Indian journal of veterinary science and animal husbandry - Volumes 28-29, 1958-1959
Year: 1958
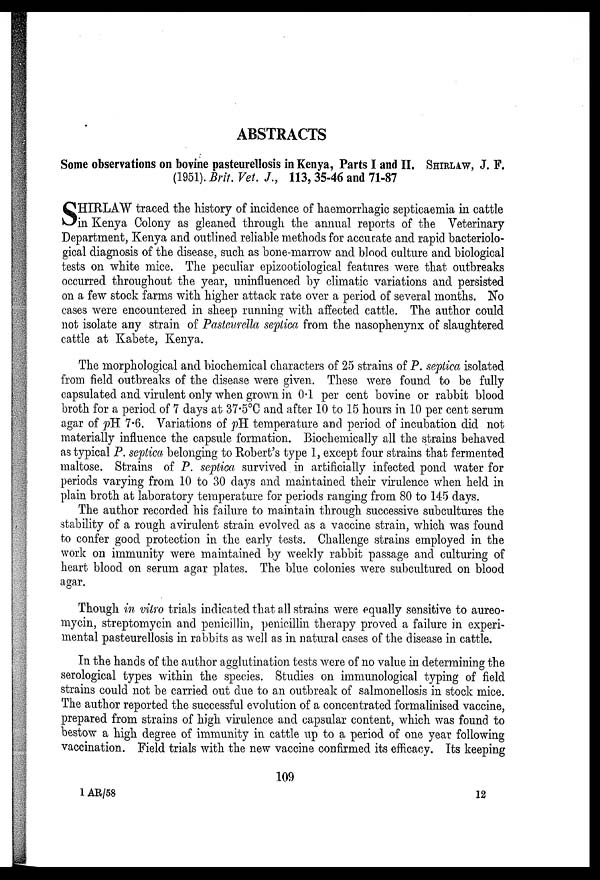
ABSTRACTS
Some observations on bovine pasteurellosis in Kenya, Parts I and II. SHRILAW, J. F.
(1951). Brit. Vet. J., 113, 35-46 and 71-87
S HIRLAW traced the history of incidence of haemorrhagic septicaemia in cattle
in Kenya Colony as gleaned through the annual reports of the Veterinary
Department, Kenya and outlined reliable methods for accurate and rapid bacteriolo-
gical diagnosis of the disease, such as bone-marrow and blood culture and biological
tests on white mice. The peculiar epizootiological features were that outbreaks
occurred throughout the year, uninfluenced by climatic variations and persisted
on a few stock farms with higher attack rate over a period of several months. No
cases were encountered in sheep running with affected cattle. The author could
not isolate any strain of Pasteurella septica from the nasophenynx of slaughtered
cattle at Kabete, Kenya.
The morphological and biochemical characters of 25 strains of P. septica isolated
from field outbreaks of the disease were given. These were found to be fully
capsulated and virulent only when grown in 0.1 per cent bovine or rabbit blood
broth for a period of 7 days at 37.5°C and after 10 to 15 hours in 10 per cent serum
agar of pH 7.6. Variations of pH temperature and period of incubation did not
materially influence the capsule formation. Biochemically all the strains behaved
as typical P. septica belonging to Robert's type 1, except four strains that fermented
maltose. Strains of P. septica survived in artificially infected pond water for
periods varying from 10 to 30 days and maintained their virulence when held in
plain broth at laboratory temperature for periods ranging from 80 to 145 days.
The author recorded his failure to maintain through successive subcultures the
stability of a rough avirulent strain evolved as a vaccine strain, which was found
to confer good protection in the early tests. Challenge strains employed in the
work on immunity were maintained by weekly rabbit passage and culturing of
heart blood on serum agar plates. The blue colonies were subcultured on blood
agar.
Though in vitro trials indicated that all strains were equally sensitive to aureo-
mycin, streptomycin and penicillin, penicillin therapy proved a failure in experi-
mental pasteurellosis in rabbits as well as in natural cases of the disease in cattle.
In the hands of the author agglutination tests were of no value in determining the
serological types within the species. Studies on immunological typing of field
strains could not be carried out due to an outbreak of salmonellosis in stock mice.
The author reported the successful evolution of a concentrated formalinised vaccine,
prepared from strains of high virulence and capsular content, which was found to
bestow a high degree of immunity in cattle up to a period of one year following
vaccination. Field trials with the new vaccine confirmed its efficacy. Its keeping
109
1 AR/58
12